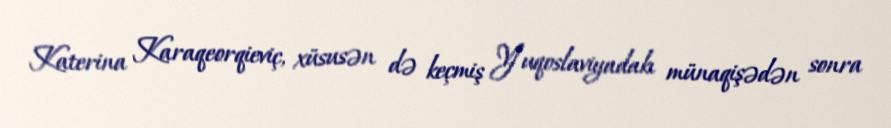
Katerina Karaqeorqieviç, xüsusən də keçmiş Yuqoslaviyadakı münaqişədən sonra